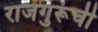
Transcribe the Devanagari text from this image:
राजगुरूंची